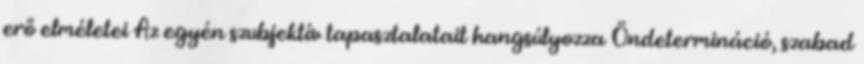
erő elméletei Az egyén szubjektív tapasztalatait hangsúlyozza Öndetermináció, szabad